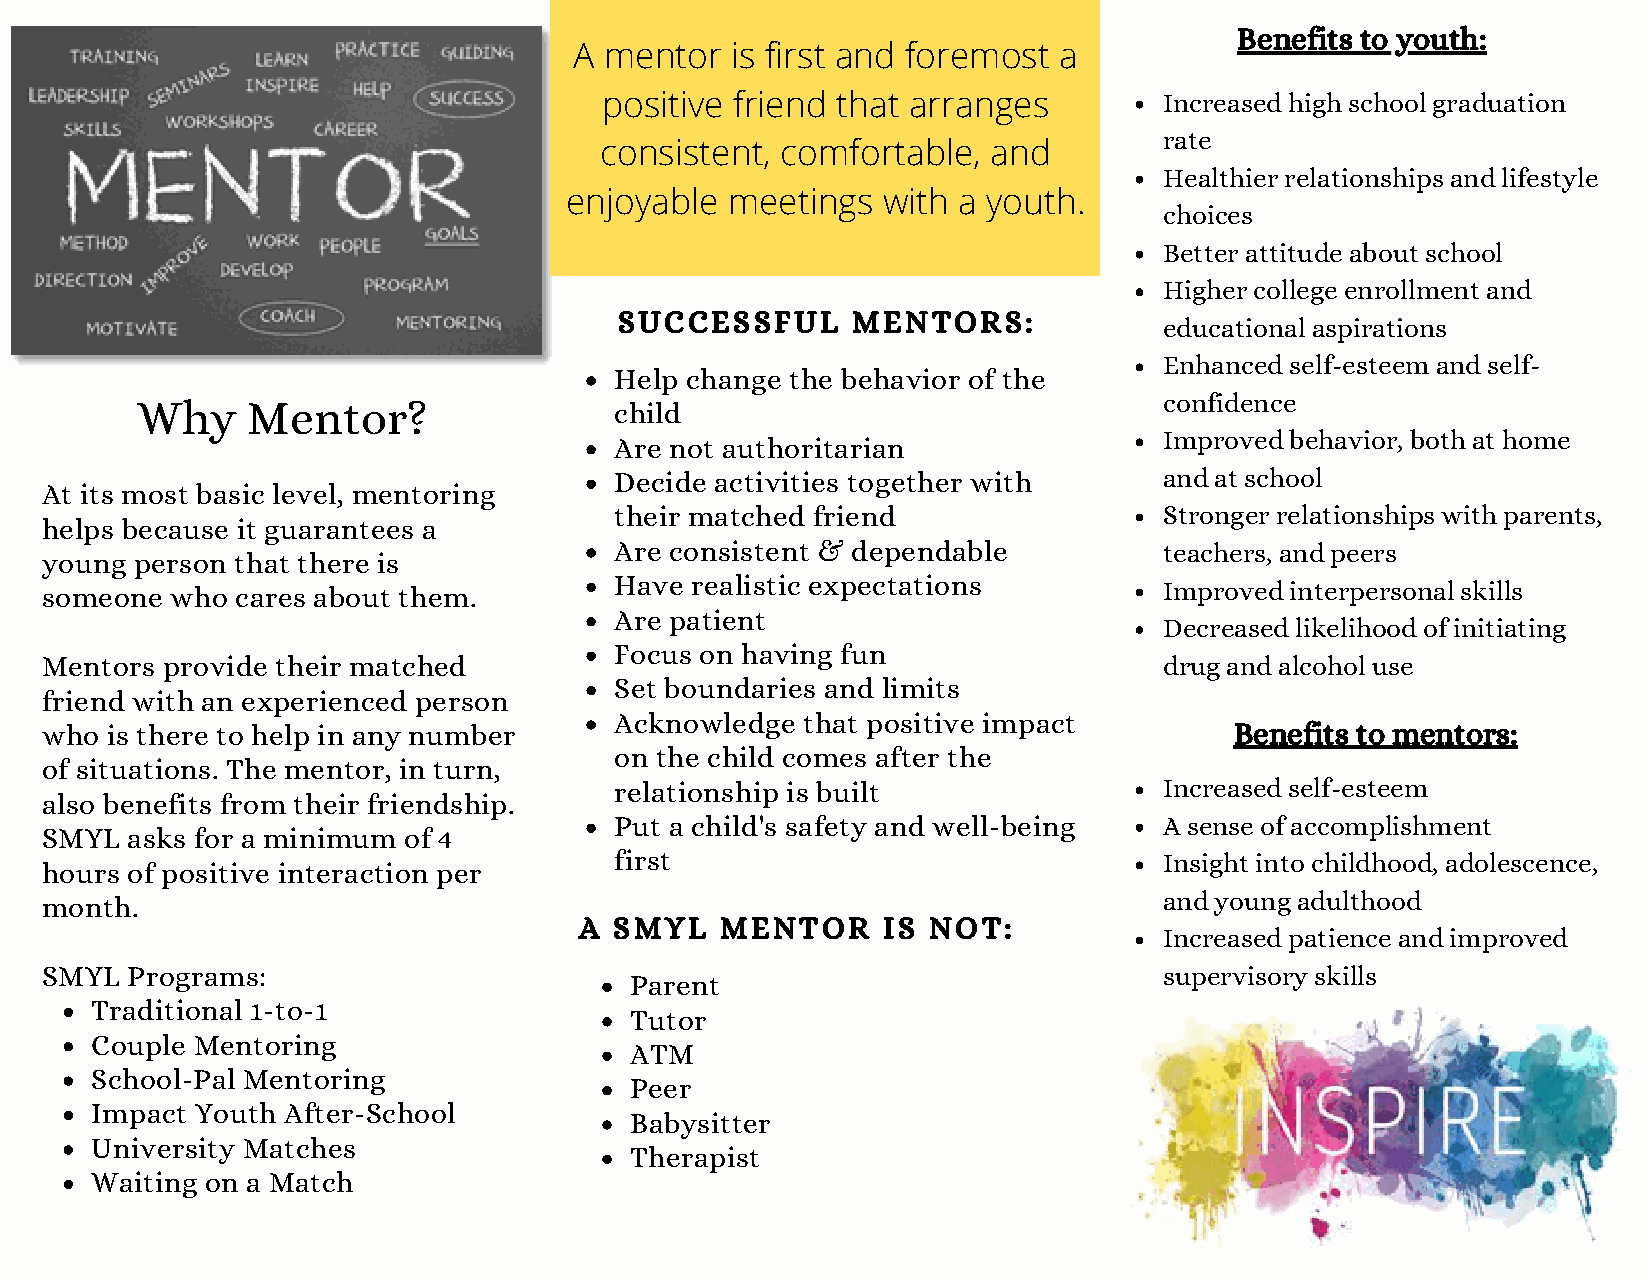
Benefits to youth:
 A mentor  is first and foremost a
 positive friend that arranges        Increased high school graduation
 rate
 consistent, comfortable,  and
 Healthier relationships and lifestyle
 enjoyable  meetings  with a youth.
 choices
 Better attitude about school
 Higher college enrollment and
 SUCCESSFUL     MENTORS:
 educational aspirations
 Enhanced self-esteem and self-
 Help change the behavior of the
 confidence
 Why    Mentor?                  child
 Improved behavior, both at home
 Are not authoritarian
 Decide activities together with     and at school
 At its most basic level, mentoring
 their matched friend                Stronger relationships with parents,
 helps because it guarantees a
 Are consistent & dependable         teachers, and peers
 young person that there is
 someone who  cares about them.        Have realistic expectations         Improved interpersonal skills
 Are patient
 Decreased likelihood of initiating
 Focus on having fun
 Mentors provide their matched                                             drug and alcohol use
 Set boundaries and limits
 friend with an experienced person
 Acknowledge that positive impact
 who is there to help in any number                                             Benefits to mentors:
 on the child comes after the
 of situations. The mentor, in turn,
 relationship is built               Increased self-esteem
 also benefits from their friendship.
 Put a child's safety and well-being A sense of accomplishment
 SMYL asks for a minimum of 4
 first                               Insight into childhood, adolescence,
 hours of positive interaction per
 month.                                                                    and young adulthood
 A  SMYL   MENTOR    IS NOT:
 Increased patience and improved
 SMYL Programs:                                                            supervisory skills
 Parent
 Traditional 1-to-1
 Tutor
 Couple Mentoring
 ATM
 School-Pal Mentoring
 Peer
 Impact Youth After-School
 Babysitter
 University Matches
 Therapist
 Waiting on a Match